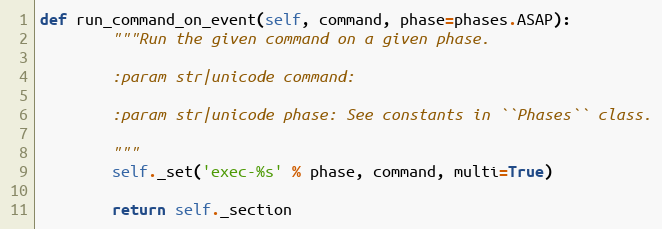
Language: Python
def run_command_on_event(self, command, phase=phases.ASAP):
        """Run the given command on a given phase.

        :param str|unicode command:

        :param str|unicode phase: See constants in ``Phases`` class.

        """
        self._set('exec-%s' % phase, command, multi=True)

        return self._section